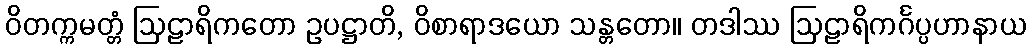
ဝိတက္ကမတ္တံ ဩဠာရိကတော ဥပဋ္ဌာတိ, ဝိစာရာဒယော သန္တတော။ တဒါဿ ဩဠာရိကင်္ဂပ္ပဟာနာယ